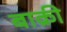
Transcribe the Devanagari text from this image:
बाक्री